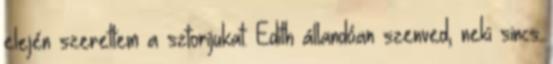
elején szerettem a sztorijukat. Edith állandóan szenved, neki sincs